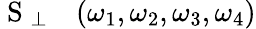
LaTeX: \begin{array}{rl}{\mathrm{~S~}_{\perp}}&{{}(\omega_{1},\omega_{2},\omega_{3},\omega_{4})}\end{array}